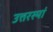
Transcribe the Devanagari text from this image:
उत्तरस्यां